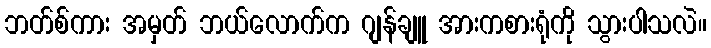
ဘတ်စ်ကား အမှတ် ဘယ်လောက်က ဂျန်ချူ အားကစားရုံကို သွားပါသလဲ။